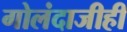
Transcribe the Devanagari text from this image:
गोलंदाजीही